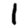
Digit: 1